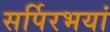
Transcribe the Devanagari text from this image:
सर्पिरभयां